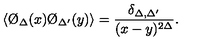
\langle \O _ { \Delta } ( x ) \O _ { \Delta ^ { \prime } } ( y ) \rangle = { \frac { \delta _ { \Delta , \Delta ^ { \prime } } } { ( x - y ) ^ { 2 \Delta } } } .